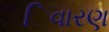
િવારણ